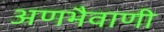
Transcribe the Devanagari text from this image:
अणभैवाणी